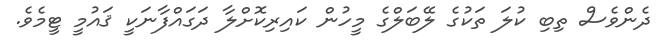
ދެންވެސް ތިބި ކުލަ ތަކުގެ ލޭބަލްގެ މީހުން ކައިރިކޮށްލާ ދަގައްފާނަކީ ޤައުމީ ޓީމެވެ.